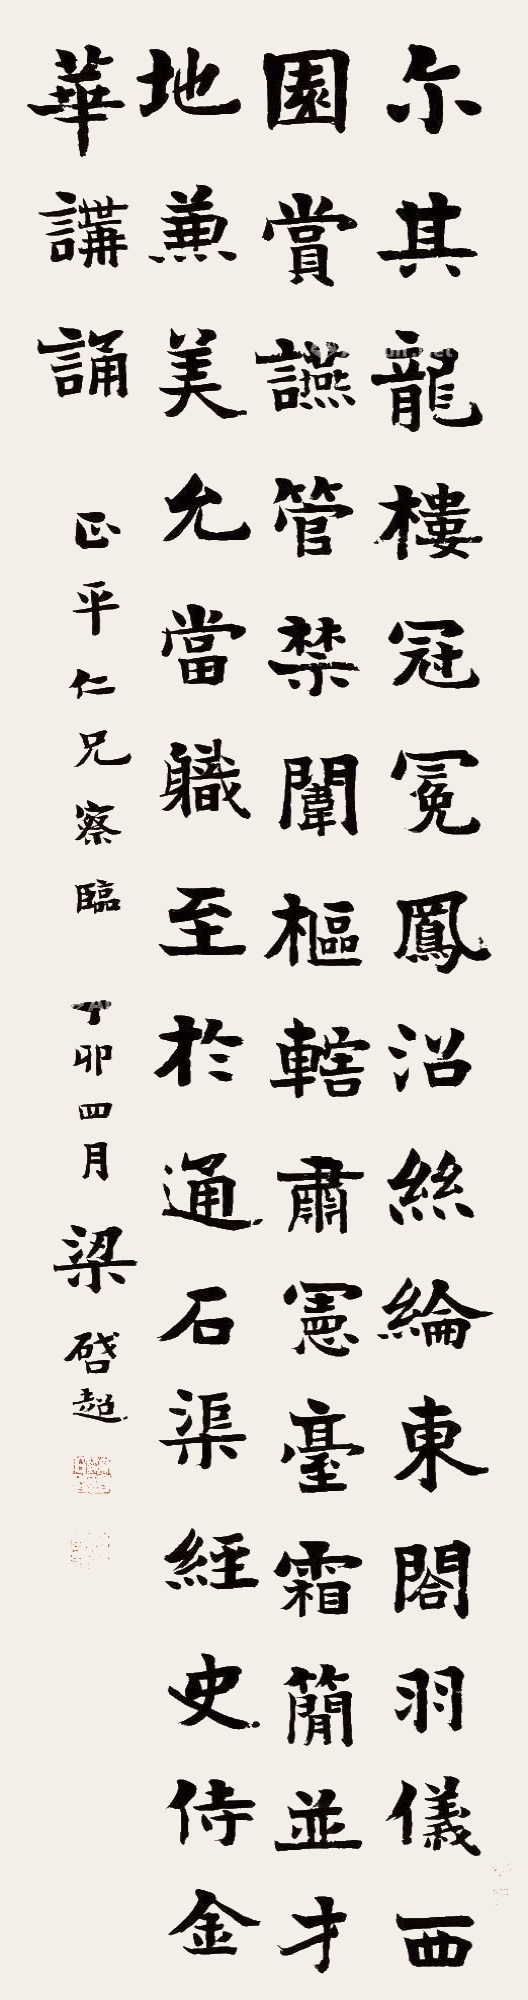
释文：尔其龙楼冠冕，凤沼丝纶，东阁羽仪，西园赏燕，管禁闱枢，辖肃宪台，霜简并才，地兼美允，当軄至于通石渠经史，侍金华讲诵。正平仁兄察临，丁卯四月，梁启超。